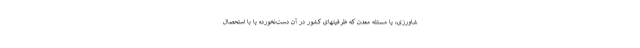
شاورزی، یا مسئله معدن که ظرفیتهای کشور در آن دست‌نخورده یا با استحصال